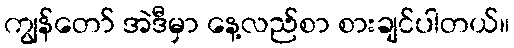
ကျွန်တော် အဲဒီမှာ နေ့လည်စာ စားချင်ပါတယ်။